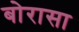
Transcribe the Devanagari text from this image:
बोरासा